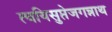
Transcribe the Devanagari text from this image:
त्वयिसुप्तेजगन्नाथ